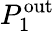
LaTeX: P_{1}^{\mathrm{out}}